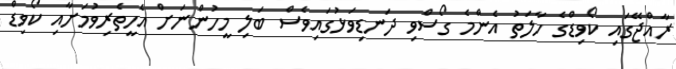
ރާއްޖޭގައި ކޯވިޑްގެ ހާލަތު އެންމެ ގޯސްވި ދަނޑިވަޅުގައިވެސް ބަލި މީހުންނަށް އެހީތެރިވުމަށާއި ކޯވިޑް